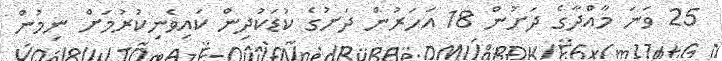
25 ވަނަ މާއްދާގެ ދަށުން 18 އަހަރުން ދަށުގެ ކުޑަކުދިން ކައިވެނިކުރުމަށް ނިމުން